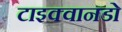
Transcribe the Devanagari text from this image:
टाइक्वानडो